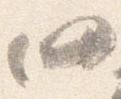
仍